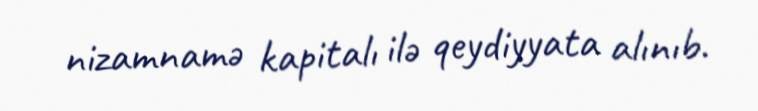
nizamnamə kapitalı ilə qeydiyyata alınıb.